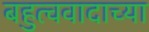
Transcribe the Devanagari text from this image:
बहुत्ववादाच्या